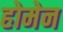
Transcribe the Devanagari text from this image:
होमेन